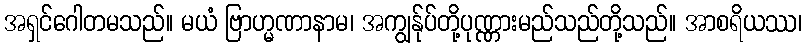
အရှင်ဂေါတမသည်။ မယံ ဗြာဟ္မဏာနာမ၊ အကျွန်ုပ်တို့ပုဏ္ဏားမည်သည်တို့သည်။ အာစရိယဿ၊